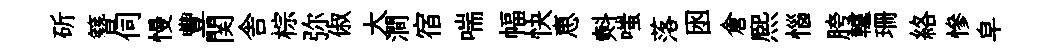
斫簪伺慢豐関舎棕弥俶大澗宿喘幅快恵㪺嗤落囦倉熈惱胯轤珊絡慘皁